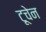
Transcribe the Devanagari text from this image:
टूचेन